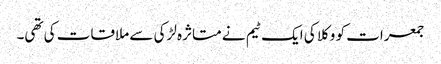
جمعرات کو وکلا کی ایک ٹیم نے متاثرہ لڑکی سے ملاقات کی تھی۔